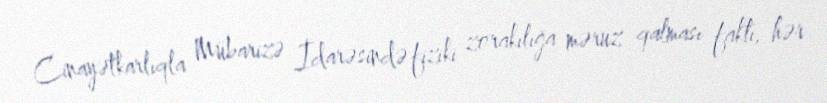
Cinayətkarlıqla Mübarizə İdarəsində fiziki zorakılığa məruz qalması faktı, hər